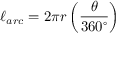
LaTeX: \ell _ { a r c } = 2 \pi r \left( { \frac { \theta } { 3 6 0 ^ { \circ } } } \right)